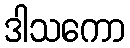
ဒါသကော